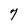
Character: 7